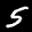
Label: 5